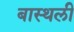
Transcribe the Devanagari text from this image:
बास्थली